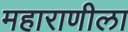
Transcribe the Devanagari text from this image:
महाराणीला